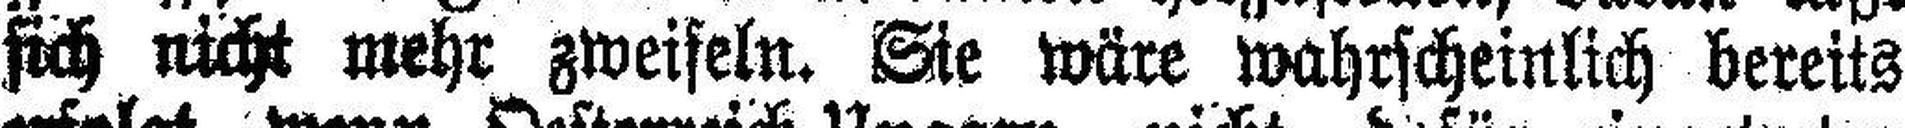
sich nicht mehr zweiseln. Sie wäre wahrscheinlich bereits